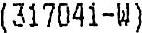
(317041-W)